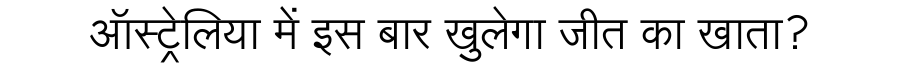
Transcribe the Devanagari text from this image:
ऑस्ट्रेलिया में इस बार खुलेगा जीत का खाता?